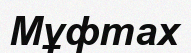
Мұфтах